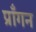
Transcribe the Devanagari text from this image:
प्राँगन